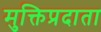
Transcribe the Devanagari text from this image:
मुक्तिप्रदाता